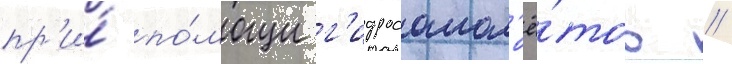
пр'и́ по́мощи г'идросамол'ё́тов //